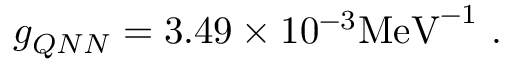
g _ { Q N N } = 3 . 4 9 \times 1 0 ^ { - 3 } \mathrm { M e V } ^ { - 1 } ~ .